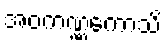
အဝကဏ္ဏကောသိ